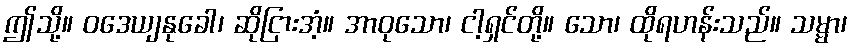
ဤသို့။ ဝဒေယျနုခေါ၊ ဆိုငြားအံ့။ အာဝုသော၊ ငါ့ရှင်တို့။ သော၊ ထိုရဟန်းသည်။ သမ္မာ၊